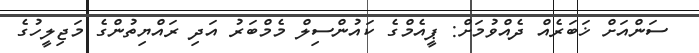
ސަންއަށް ޚަބަރެއް ދެއްވުމަށް: ޕީއެމްގެ ކައުންސިލް މެމްބަރު އަދި ރައްޔިތުންގެ މަޖިލީހުގެ